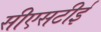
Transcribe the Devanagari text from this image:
सीएसटीई